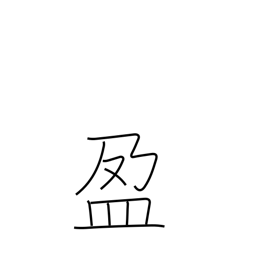
Meaning: fullness